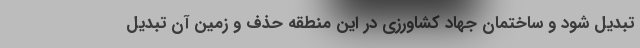
تبدیل شود و ساختمان جهاد کشاورزی در این منطقه حذف و زمین آن تبدیل